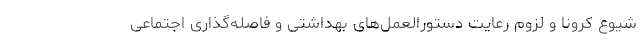
شیوع کرونا و لزوم رعایت دستورالعمل‌های بهداشتی و فاصله‌گذاری اجتماعی